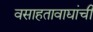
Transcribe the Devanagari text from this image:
वसाहतावाद्यांची